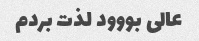
عالی بووود لذت بردم